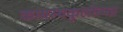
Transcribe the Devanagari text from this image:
कायस्थकुलोत्पन्न